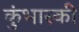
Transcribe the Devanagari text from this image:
कुंभारकी